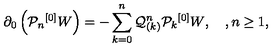
\partial _ { 0 } \left( { \mathcal P } _ { n } { ^ { [ 0 ] } W } \right) = - \sum _ { k = 0 } ^ { n } { \mathcal Q } _ { ( k ) } ^ { n } { \mathcal P } _ { k } { ^ { [ 0 ] } W } , \quad , n \geq 1 ,